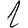
Digit: 1